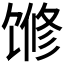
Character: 𱄅